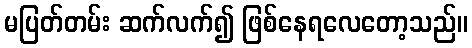
မပြတ်တမ်း ဆက်လက်၍ ဖြစ်နေရလေတော့သည်။